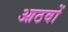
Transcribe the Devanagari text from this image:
आठवों